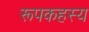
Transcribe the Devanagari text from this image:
रूपकहस्य